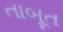
તાબૂત